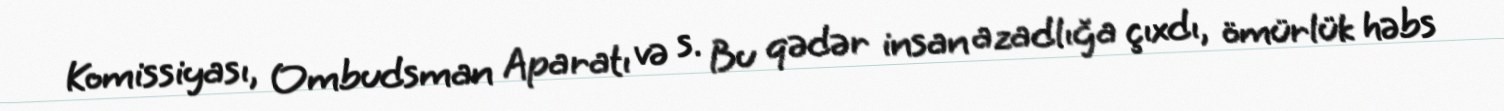
Komissiyası, Ombudsman Aparatı və s. Bu qədər insan azadlığa çıxdı, ömürlük həbs